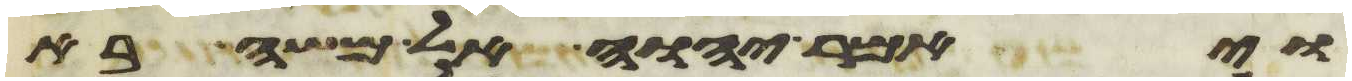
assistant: ויאמר יהוה אל משה ראה